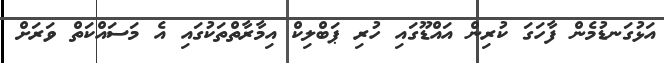
އަޅުގަނޑުމެން ފާހަގަ ކުރިން އައްޑޫގައި ހުރި ޕަބްލިކް އިމާރާތްތަކުގައި އެ މަސައްކަތް ވަރަށް